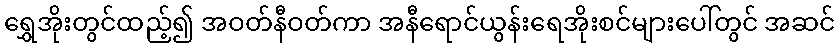
ရွှေအိုးတွင်ထည့်၍ အဝတ်နီဝတ်ကာ အနီရောင်ယွန်းရေအိုးစင်များပေါ်တွင် အဆင်